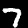
Digit: 7